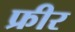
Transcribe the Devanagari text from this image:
फ्रीर